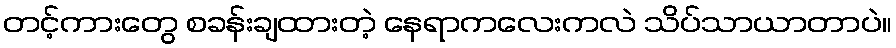
တင့်ကားတွေ စခန်းချထားတဲ့ နေရာကလေးကလဲ သိပ်သာယာတာပဲ။